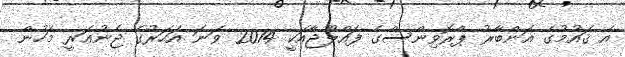
އެ ޤައުމުގެ އަންބާރު ޕްރޮވިންސްގެ ފައްލޫޖާއަކީ 2014 ވަނަ އަހަރުގެ ޖެނުއަރީ މަހުން